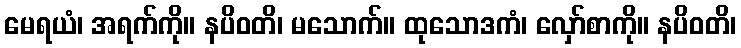
မေရယံ၊ အရက်ကို။ နပိဝတိ၊ မသောက်။ ထုသောဒကံ၊ လှော်စာကို။ နပိဝတိ၊